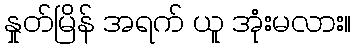
နှုတ်မြိန် အရက် ယူ အုံးမလား။